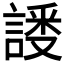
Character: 𬢸